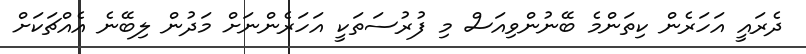
ދެރައީ އަހަރެން ކިތަންމެ ބޭނުންވިއަސް މި ފުރުސަތަކީ އަހަރެންނަށް މަދުން ލިބޭނެ އެއްޗަކަށް